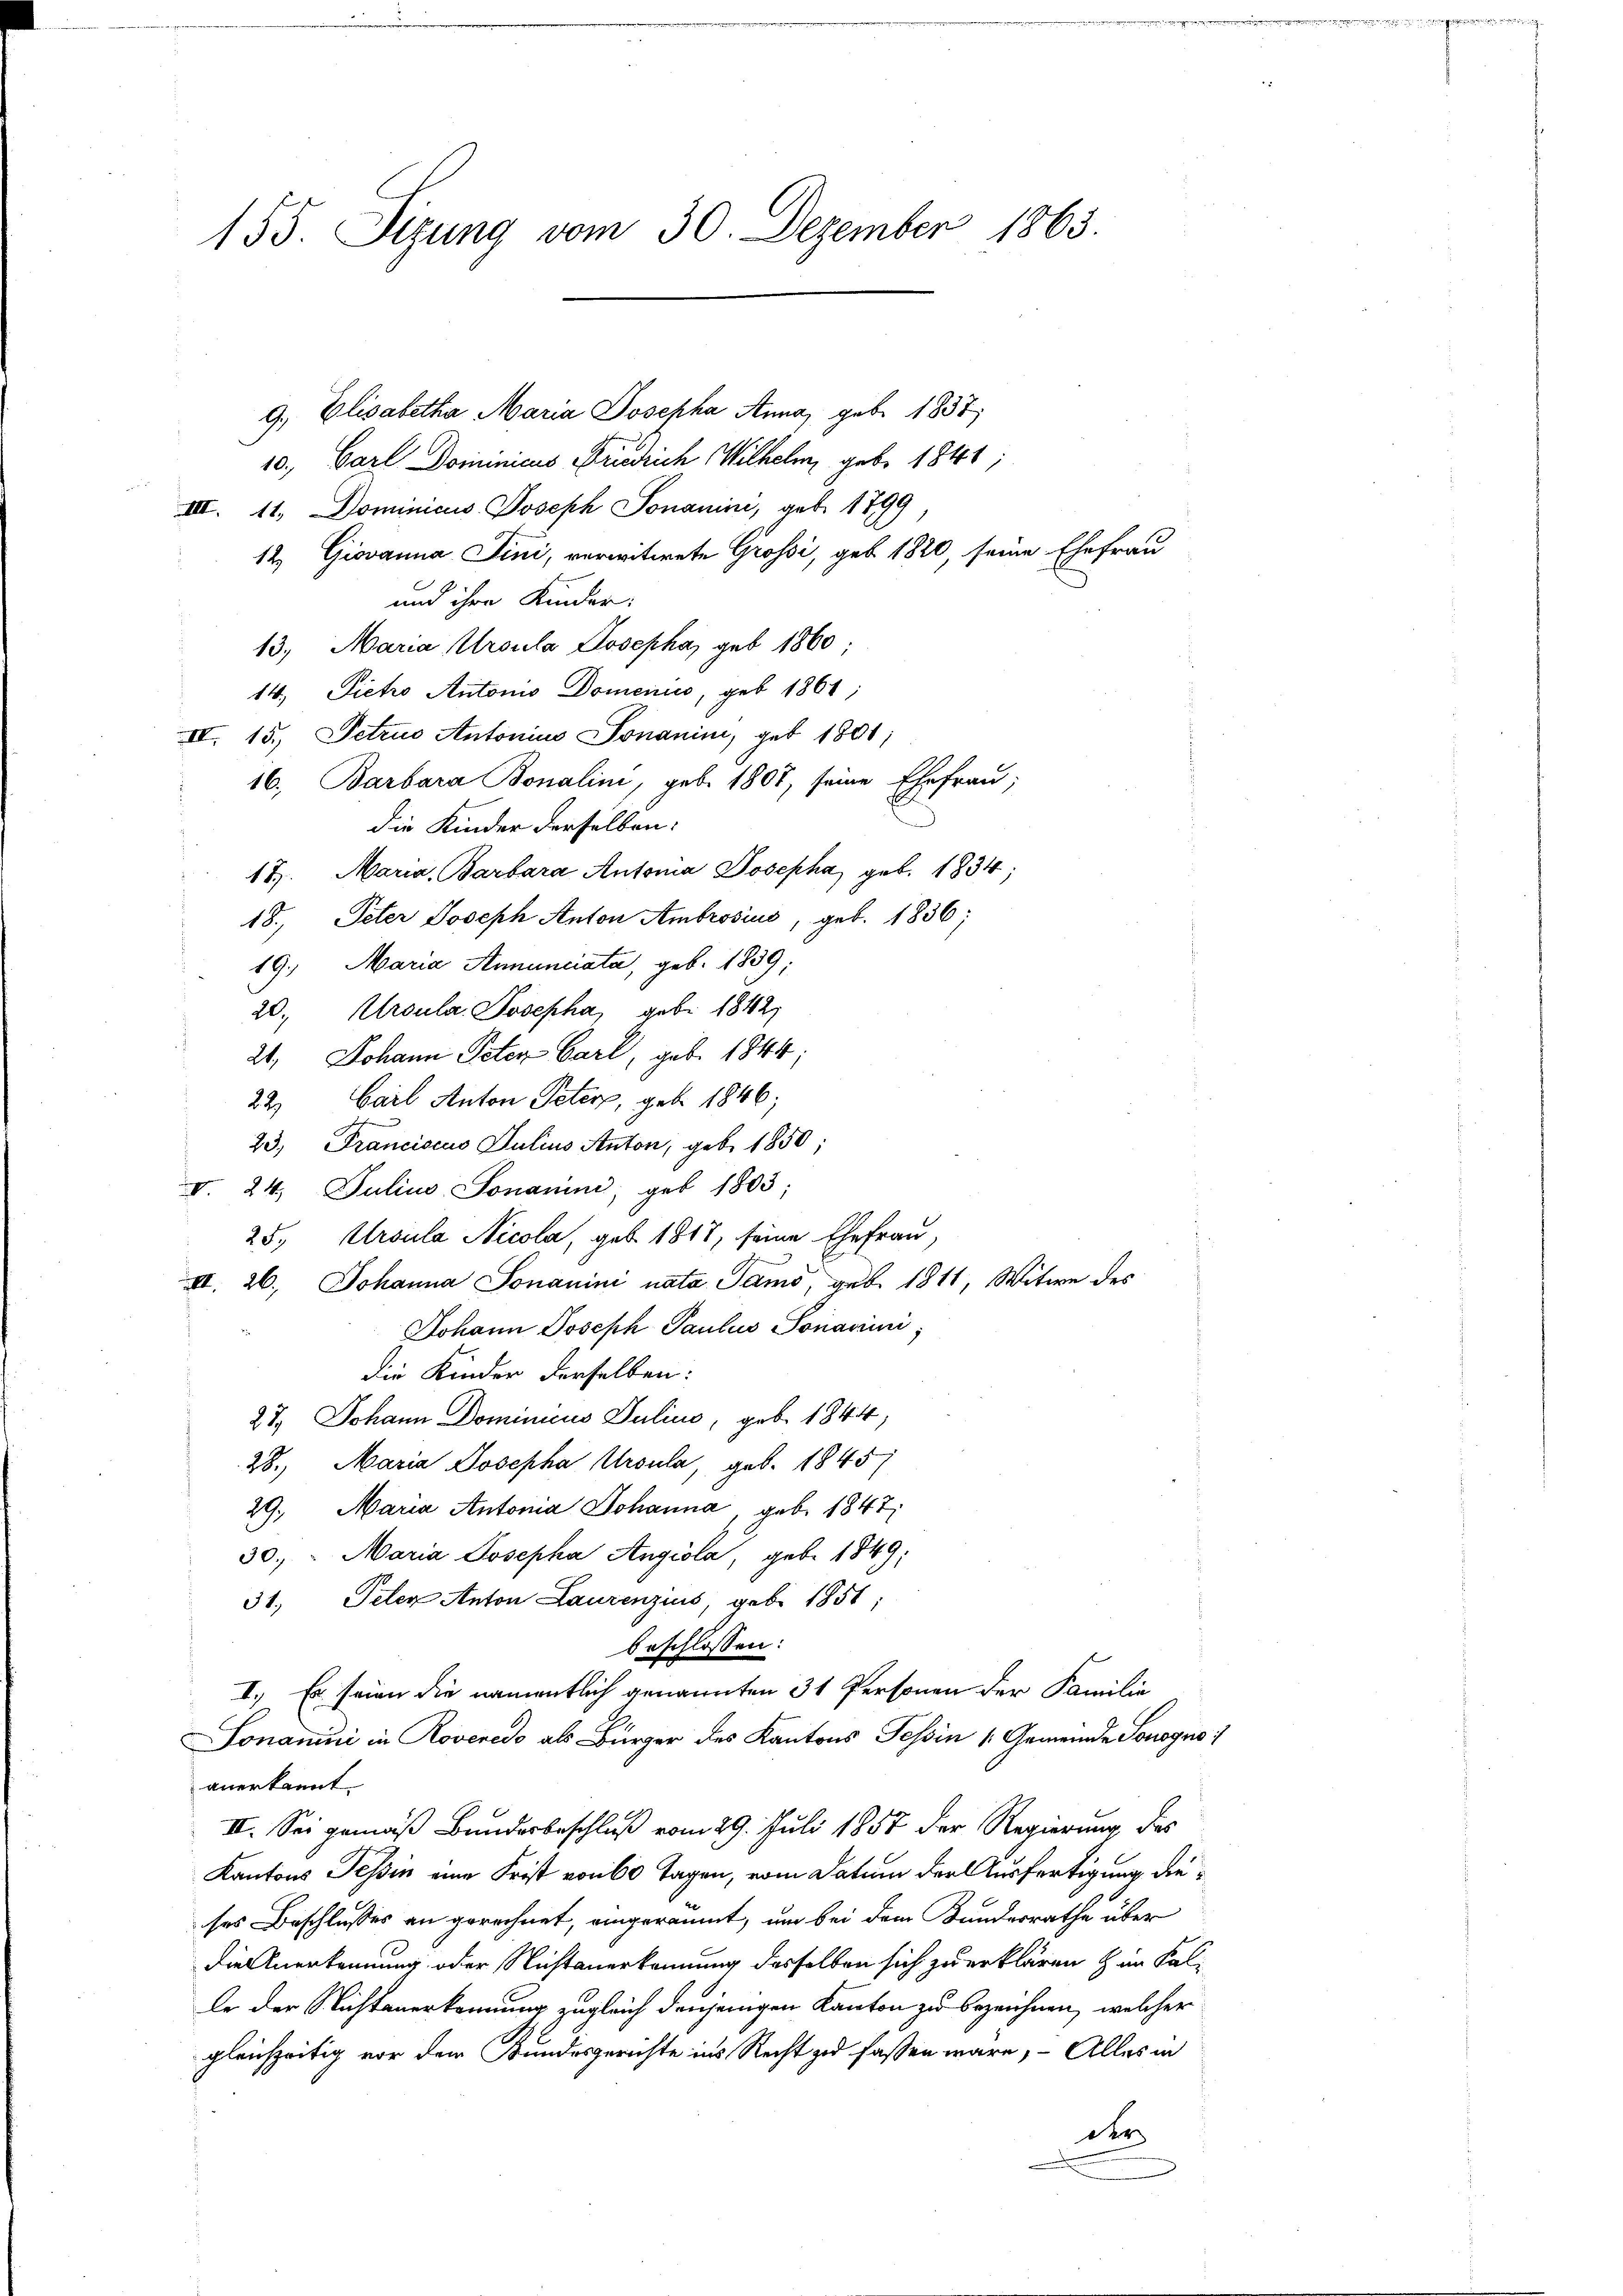
155. Sizung vom 30. Dezember 1863.

9, Elisabetha Maria Josepha Anna, geb. 1837;
10., Carl Dominicus Friedrich Wilhelm, geb. 1841;
III. 11. Dominicus Joseph Sonanini, geb. 1799
12. Giovanna Jini, verwitwete Grossi, geb. 1820, seine Ehefrau
und ihre Kinder:
13. Maria Ursula Josepha, geb. 1860;
14. Dietro Antonis Domenis, geb 1864;
IV. 15. Petrus Antonius Jonanimi, geb. 1801;
16, Barbara Bonalini, geb. 1807, seine Ehefrau;
die Kinder derselben:
18). Maria, Barbara Antonia Josepha, geb. 1834;
18. Peter Joseph Anton Ambrosius, geb. 1836;
19. Maria Annunciata, geb. 1839;
20., Ursular. Josepha, gebe 1842
21. Johann Peter Carl, geb. 1844;
22) Carl Anton Peter, geb. 1846;
23. Franciscus Julius Anton, geb. 1850;
V. 24. Julius Jonanini, geb. 1803;
25, Ursula Nicola, geb. 1817, seine Ehefrau,
II. 26. Johanna Sonanini nata Samo, geb. 1811, Witwe des
Johann Joseph Paulus Sonavini;
die Kinder derselben:
27. Johann Dominicus Julius, geb. 1844,
28. Maria Josepha Ursula, geb. 1845
29. Maria Antonia Johanna, geb. 1847
30.) " Maria Josepha Angiola, geb. 1849;
31. Peter Anton Laurenzius, geb. 1851;
beschlossen:
I. Es seien die namentlich genannten 31 Personen der Familie
Lonanini in Roveredo als Bürger des Kantons Tessin [Gemeinde Sonogno
anerkannt.
II. Sei gemäß Bundesbeschluß vom 29. Juli 1857 der Regierung des
Kantons Tessin eine Frist von 60 Tagen, vom Datum der Ausfertigung dieses Beschlusses an gerechnet, eingeräumt, um bei dem Bundesrathe über
die Anerkennung oder Nichtanerkennung desselben sich zu erklären zum Kalle der Nichtanerkennung zugleich denjenigen Kanton zu bezeichnen, welcher
gleichzeitig vor der Bundesgerichte ins Recht zu fassen wäre, – Alles in
der